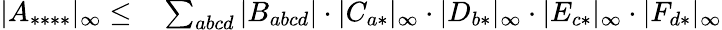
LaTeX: \begin{array}{rl}{|A_{****}|_{\infty}\leq}&{{}\sum_{abcd}|B_{abcd}|\cdot|C_{a*}|_{\infty}\cdot|D_{b*}|_{\infty}\cdot|E_{c*}|_{\infty}\cdot|F_{d*}|_{\infty}}\end{array}